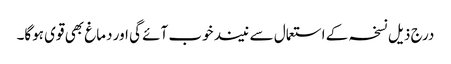
درج ذیل نسخہ کے استعمال سے نیند خوب آئے گی اور دماغ بھی قوی ہوگا۔